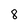
Character: 8